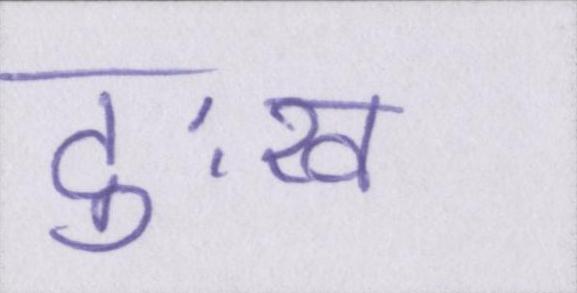
दुःख